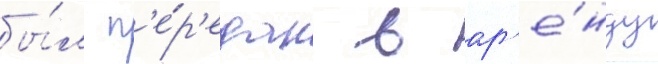
бы́л п'е́р'едан в ар'е́нду